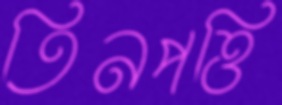
তিনপত্তি